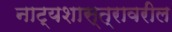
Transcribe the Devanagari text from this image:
नाट्यशास्त्रावरील